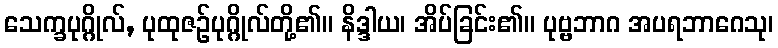
သေက္ခပုဂ္ဂိုလ်, ပုထုဇဉ်ပုဂ္ဂိုလ်တို့၏။ နိဒ္ဒါယ၊ အိပ်ခြင်း၏။ ပုဗ္ဗဘာဂ အပရဘာဂေသု၊